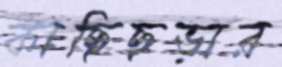
কাছিছড়ার